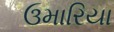
ઉમારિયા